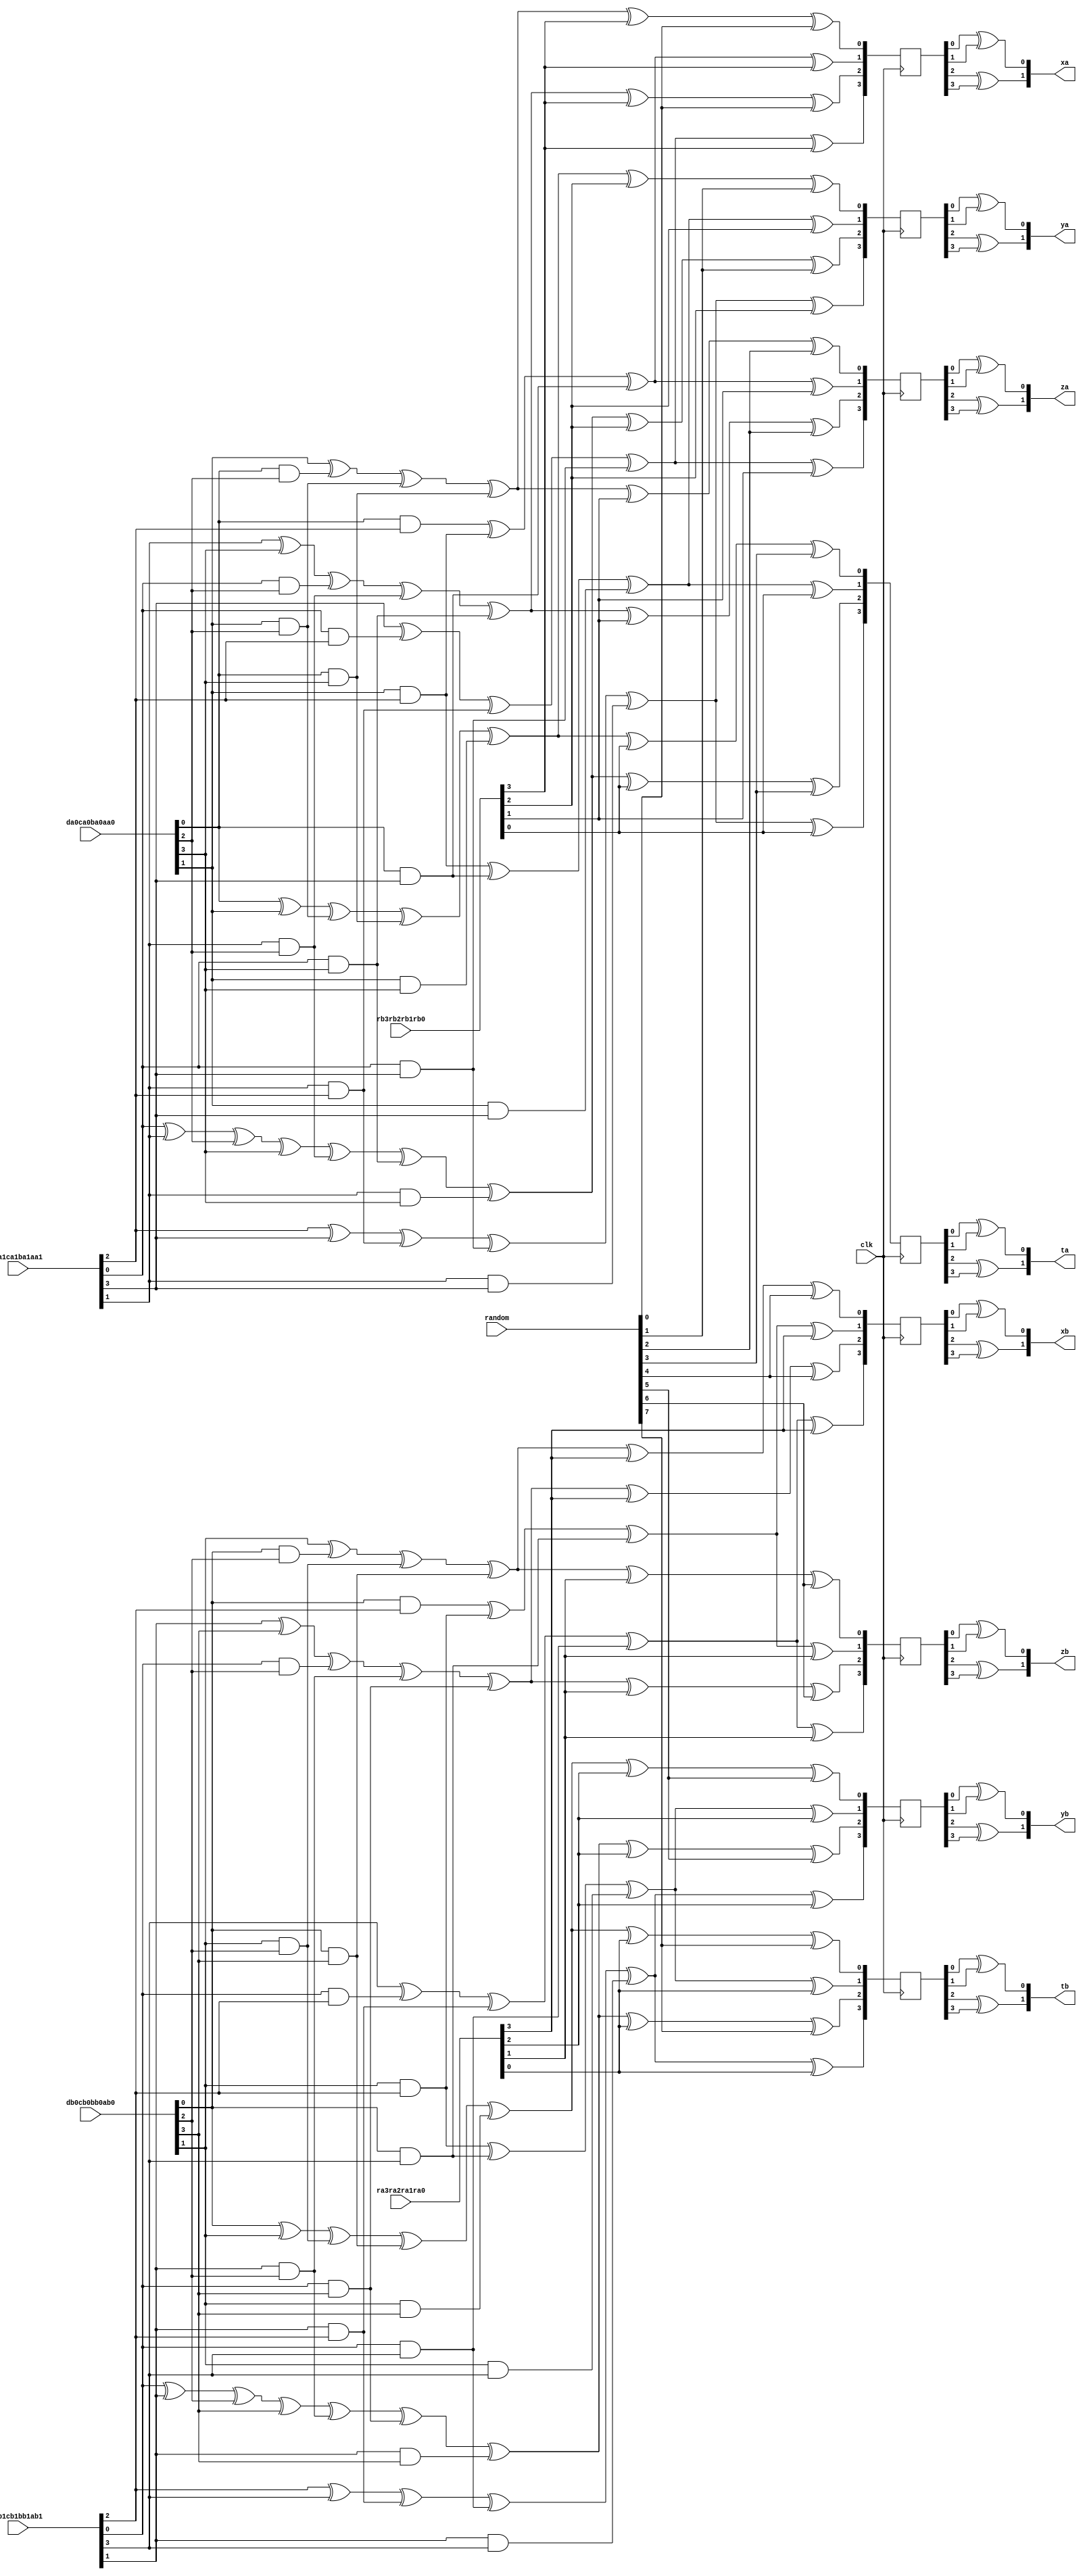
`timescale 1ns / 1ps
//////////////////////////////////////////////////////////////////////////////////
// Company: 
// Engineer: 
// 
// Design Name: 
// Module Name:    GF4MulXorSqSc_Unit 
// Project Name: 
// Target Devices: 
// Tool versions: 
// Description: 
//
// Dependencies: 
//
// Revision: 
// Revision 0.01 - File Created
// Additional Comments: 
//
//////////////////////////////////////////////////////////////////////////////////
module GF4MulXorSqSc_Unit(
	input				clk,
	
	// SboxA;
	input	[03:00]		da0ca0ba0aa0,
	input	[03:00]		da1ca1ba1aa1,
	input	[03:00]		ra3ra2ra1ra0,
	
	output	[01:00]		xa,
	output	[01:00]		ya,
	output	[01:00]		za,
	output	[01:00]		ta,
	
	// SboxB;
	input	[03:00]		db0cb0bb0ab0,
	input	[03:00]		db1cb1bb1ab1,
	input	[03:00]		rb3rb2rb1rb0,
	
	output	[01:00]		xb,
	output	[01:00]		yb,
	output	[01:00]		zb,
	output	[01:00]		tb,
	
	// random;
	input	[07:00]		random
    );
	
	//// intermediate;
	// SboxA;
	wire				da0, da1;
	wire				ca0, ca1;
	wire				ba0, ba1;
	wire				aa0, aa1;
	
	wire				ra3, ra2;
	wire				ra1, ra0;
	
	wire				aa0ca0, aa0ca1;
	wire				aa1ca0, aa1ca1;
	
	wire				aa0da0, aa0da1;
	wire				aa1da0, aa1da1;
	
	wire				ba0ca0, ba0ca1;
	wire				ba1ca0, ba1ca1;
	
	wire				ba0da0, ba0da1;
	wire				ba1da0, ba1da1;
	
	wire	[03:00]		taa, tba;
	
	reg		[03:00]		xa_r;
	reg		[03:00]		ya_r;
	reg		[03:00]		za_r;
	reg		[03:00]		ta_r;
	
	// SboxB;
	wire				db0, db1;
	wire				cb0, cb1;
	wire				bb0, bb1;
	wire				ab0, ab1;
	
	wire				rb3, rb2;
	wire				rb1, rb0;
	
	wire				ab0cb0, ab0cb1;
	wire				ab1cb0, ab1cb1;
						
	wire				ab0db0, ab0db1;
	wire				ab1db0, ab1db1;
						
	wire				bb0cb0, bb0cb1;
	wire				bb1cb0, bb1cb1;
						
	wire				bb0db0, bb0db1;
	wire				bb1db0, bb1db1;
	
	wire	[03:00]		tab;
	wire	[03:00]		tbb;
	
	reg		[03:00]		xb_r;
	reg		[03:00]		yb_r;
	reg		[03:00]		zb_r;
	reg		[03:00]		tb_r;
	
	// SboxA assign;
	assign da0 = da0ca0ba0aa0[3];
	assign ca0 = da0ca0ba0aa0[2];
	assign ba0 = da0ca0ba0aa0[1];
	assign aa0 = da0ca0ba0aa0[0];
	
	assign da1 = da1ca1ba1aa1[3];
	assign ca1 = da1ca1ba1aa1[2];
	assign ba1 = da1ca1ba1aa1[1];
	assign aa1 = da1ca1ba1aa1[0];
	
	assign ra3 = ra3ra2ra1ra0[3];
	assign ra2 = ra3ra2ra1ra0[2];
	assign ra1 = ra3ra2ra1ra0[1];
	assign ra0 = ra3ra2ra1ra0[0];
	
	assign aa0ca0 = aa0 & ca0;
	assign aa0ca1 = aa0 & ca1;
	assign aa1ca0 = aa1 & ca0;
	assign aa1ca1 = aa1 & ca1;
	
	assign aa0da0 = aa0 & da0;
	assign aa0da1 = aa0 & da1;
	assign aa1da0 = aa1 & da0;
	assign aa1da1 = aa1 & da1;
	
	assign ba0ca0 = ba0 & ca0;
	assign ba0ca1 = ba0 & ca1;
	assign ba1ca0 = ba1 & ca0;
	assign ba1ca1 = ba1 & ca1;
	
	assign ba0da0 = ba0 & da0;
	assign ba0da1 = ba0 & da1;
	assign ba1da0 = ba1 & da0;
	assign ba1da1 = ba1 & da1;
	
	// SboxB assign;
	assign db0 = db0cb0bb0ab0[3];
	assign cb0 = db0cb0bb0ab0[2];
	assign bb0 = db0cb0bb0ab0[1];
	assign ab0 = db0cb0bb0ab0[0];
			
	assign db1 = db1cb1bb1ab1[3];
	assign cb1 = db1cb1bb1ab1[2];
	assign bb1 = db1cb1bb1ab1[1];
	assign ab1 = db1cb1bb1ab1[0];
			
	assign rb3 = rb3rb2rb1rb0[3];
	assign rb2 = rb3rb2rb1rb0[2];
	assign rb1 = rb3rb2rb1rb0[1];
	assign rb0 = rb3rb2rb1rb0[0];
	
	assign ab0cb0 = ab0 & cb0;
	assign ab0cb1 = ab0 & cb1;
	assign ab1cb0 = ab1 & cb0;
	assign ab1cb1 = ab1 & cb1;
	
	assign ab0db0 = ab0 & db0;
	assign ab0db1 = ab0 & db1;
	assign ab1db0 = ab1 & db0;
	assign ab1db1 = ab1 & db1;
	
	assign bb0cb0 = bb0 & cb0;
	assign bb0cb1 = bb0 & cb1;
	assign bb1cb0 = bb1 & cb0;
	assign bb1cb1 = bb1 & cb1;
	
	assign bb0db0 = bb0 & db0;
	assign bb0db1 = bb0 & db1;
	assign bb1db0 = bb1 & db0;
	assign bb1db1 = bb1 & db1;
	
	//// SboxA Masking Scheme;
	assign taa[0] = ba0       ^ aa0ca0 ^ ba0ca0 ^ aa0da0;
	assign taa[1] =             aa0ca1 ^ ba0ca1 ^ aa0da1;
	assign taa[2] = ba1 ^ da0 ^ aa1ca0 ^ ba1ca0 ^ aa1da0;
	assign taa[3] =       da1 ^ aa1ca1 ^ ba1ca1 ^ aa1da1;
	
	assign tba[0] = aa0 ^ ba0             ^ ba0ca0 ^ aa0da0 ^ ba0da0;
	assign tba[1] =                         ba0ca1 ^ aa0da1 ^ ba0da1;
	assign tba[2] = aa1 ^ ba1 ^ ca0 ^ da0 ^ ba1ca0 ^ aa1da0 ^ ba1da0;
	assign tba[3] =             ca1 ^ da1 ^ ba1ca1 ^ aa1da1 ^ ba1da1;
	
	// xa_r;
	always @(posedge clk)
	begin
		xa_r[0] <= taa[0] ^ rb3 ^ random[0];
		xa_r[1] <= taa[1] ^ rb3;
		xa_r[2] <= taa[2] ^ rb3 ^ random[0];
		xa_r[3] <= taa[3] ^ rb3;
	end
	
	// ya_r;
	always @(posedge clk)
	begin
		ya_r[0] <= tba[0] ^ rb2 ^ random[1];
		ya_r[1] <= tba[1] ^ rb2;
		ya_r[2] <= tba[2] ^ rb2 ^ random[1];
		ya_r[3] <= tba[3] ^ rb2;
	end
	
	//  za_r;
	always @(posedge clk)
	begin
		za_r[0] <= taa[0] ^ rb1 ^ random[2];
		za_r[1] <= taa[1] ^ rb1;
		za_r[2] <= taa[2] ^ rb1 ^ random[2];
		za_r[3] <= taa[3] ^ rb1;
	end
	
	// ta_r;
	always @(posedge clk)
	begin
		ta_r[0] <= tba[0] ^ rb0 ^ random[3];
		ta_r[1] <= tba[1] ^ rb0;
		ta_r[2] <= tba[2] ^ rb0 ^ random[3];
		ta_r[3] <= tba[3] ^ rb0;
	end
	
	//// SboxB Masking Scheme;
	assign tab[0] = bb0       ^ ab0cb0 ^ bb0cb0 ^ ab0db0;
	assign tab[1] =             ab0cb1 ^ bb0cb1 ^ ab0db1;
	assign tab[2] = bb1 ^ db0 ^ ab1cb0 ^ bb1cb0 ^ ab1db0;
	assign tab[3] =       db1 ^ ab1cb1 ^ bb1cb1 ^ ab1db1;
	
	assign tbb[0] = ab0 ^ bb0             ^ bb0cb0 ^ ab0db0 ^ bb0db0;
	assign tbb[1] =                         bb0cb1 ^ ab0db1 ^ bb0db1;
	assign tbb[2] = ab1 ^ bb1 ^ cb0 ^ db0 ^ bb1cb0 ^ ab1db0 ^ bb1db0;
	assign tbb[3] =             cb1 ^ db1 ^ bb1cb1 ^ ab1db1 ^ bb1db1;
	
	// xb_r;
	always @(posedge clk)
	begin
		xb_r[0] <= tab[0] ^ ra3 ^ random[4];
		xb_r[1] <= tab[1] ^ ra3;
		xb_r[2] <= tab[2] ^ ra3 ^ random[4];
		xb_r[3] <= tab[3] ^ ra3;
	end
	
	// yb_r;
	always @(posedge clk)
	begin
		yb_r[0] <= tbb[0] ^ ra2 ^ random[5];
		yb_r[1] <= tbb[1] ^ ra2;
		yb_r[2] <= tbb[2] ^ ra2 ^ random[5];
		yb_r[3] <= tbb[3] ^ ra2;
	end
	
	//  zb_r;
	always @(posedge clk)
	begin
		zb_r[0] <= tab[0] ^ ra1 ^ random[6];
		zb_r[1] <= tab[1] ^ ra1;
		zb_r[2] <= tab[2] ^ ra1 ^ random[6];
		zb_r[3] <= tab[3] ^ ra1;
	end
	
	// tb_r;
	always @(posedge clk)
	begin
		tb_r[0] <= tbb[0] ^ ra0 ^ random[7];
		tb_r[1] <= tbb[1] ^ ra0;
		tb_r[2] <= tbb[2] ^ ra0 ^ random[7];
		tb_r[3] <= tbb[3] ^ ra0;
	end
	
	//// Output Assign;
	// SboxA;
	assign xa[0] = xa_r[0] ^ xa_r[1];
	assign xa[1] = xa_r[2] ^ xa_r[3];
	
	assign ya[0] = ya_r[0] ^ ya_r[1];
	assign ya[1] = ya_r[2] ^ ya_r[3];
	
	assign za[0] = za_r[0] ^ za_r[1];
	assign za[1] = za_r[2] ^ za_r[3];
	
	assign ta[0] = ta_r[0] ^ ta_r[1];
	assign ta[1] = ta_r[2] ^ ta_r[3];
	
	// SboxB;
	assign xb[0] = xb_r[0] ^ xb_r[1];
	assign xb[1] = xb_r[2] ^ xb_r[3];
	
	assign yb[0] = yb_r[0] ^ yb_r[1];
	assign yb[1] = yb_r[2] ^ yb_r[3];
	
	assign zb[0] = zb_r[0] ^ zb_r[1];
	assign zb[1] = zb_r[2] ^ zb_r[3];
	
	assign tb[0] = tb_r[0] ^ tb_r[1];
	assign tb[1] = tb_r[2] ^ tb_r[3];
	
endmodule